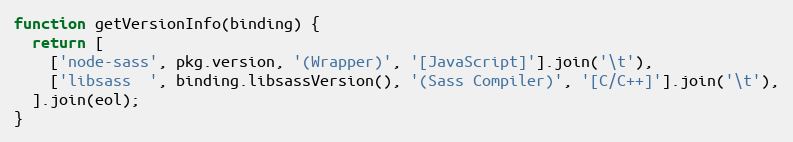
Language: JavaScript
function getVersionInfo(binding) {
  return [
    ['node-sass', pkg.version, '(Wrapper)', '[JavaScript]'].join('\t'),
    ['libsass  ', binding.libsassVersion(), '(Sass Compiler)', '[C/C++]'].join('\t'),
  ].join(eol);
}